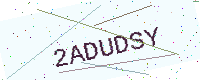
Text: 2ADUDSY